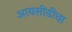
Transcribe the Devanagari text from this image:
आयसीडीचा